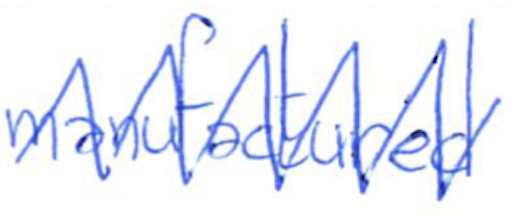
Text: manufactured
Cross-out: mix
Writing tool: ballpoint